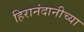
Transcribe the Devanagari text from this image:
हिरानंदानीच्या